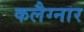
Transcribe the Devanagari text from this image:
कलैग्नार